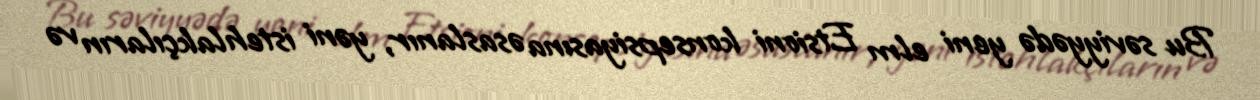
Bu səviyyədə yeni elm Etsioni konsepsiyasına əsaslanır, yəni istehlakçıların və